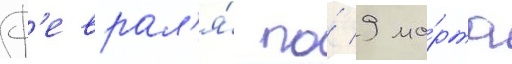
ф'еврал'я́ по́ 9 ма́рта